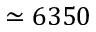
\simeq 6 3 5 0